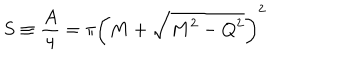
S \equiv { \frac { A } { 4 } } = \pi \left( M + \sqrt { M ^ { 2 } - Q ^ { 2 } } \right) ^ { 2 }